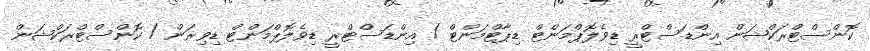
ކޮންސްޓްރަކްޝަން އިންޑަސްޓްރީ ޑިވެލޮޕްމަންޓް ޑިޕާޓްމަންޓް / އިންޑަސްޓްރީ ޑިވެލޮޕްމަންޓް ޑިވިޜަން / ކޮންސްޓްރަކްޝަން